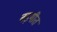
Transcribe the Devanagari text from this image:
बड़गीत